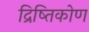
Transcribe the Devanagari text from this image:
द्रिष्तिकोण